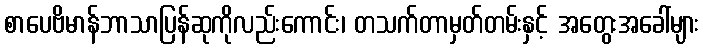
စာပေဗိမာန်ဘာသာပြန်ဆုကိုလည်းကောင်း၊ တသက်တာမှတ်တမ်းနှင့် အတွေးအခေါ်များ